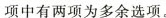
项中有两项为多余选项.